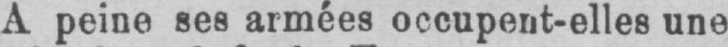
A peine ses armées occupent-elles une